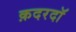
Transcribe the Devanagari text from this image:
क़दरदाॅ